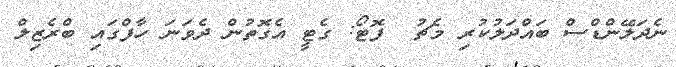
ނެދަލޭންޑްސް ބައްދަލުކުރި މެޗު  ފޮޓޯ: ގެޓީ އެގޮތުން ދެވަނަ ހާފްގައި ބްރެޒިލް